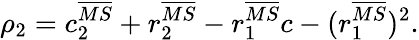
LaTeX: \rho_{2}=c_{2}^{\overline{{{MS}}}}+r_{2}^{\overline{{{MS}}}}-r_{1}^{\overline{{{MS}}}}c-(r_{1}^{\overline{{{MS}}}})^{2}.